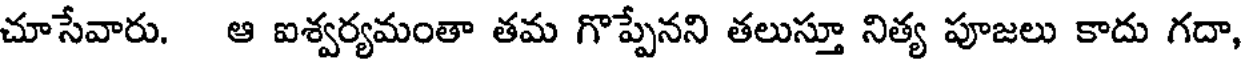
చూసేవారు. ఆ ఐశ్వర్యమంతా తమ గొప్పేనని తలుస్తూ నిత్య పూజలు కాదు గదా,